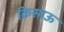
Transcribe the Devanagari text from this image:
क्रिसाऊ